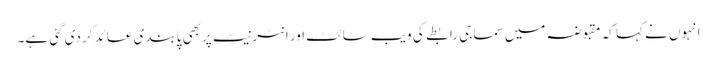
انہوں نے کہا کہ مقبوضہ میں سماجی رابطے کی ویب سائٹ اور انٹرنیٹ پربھی پابندی عائد کردی گئی ہے۔